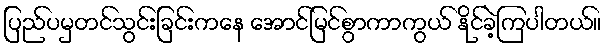
ပြည်ပမှတင်သွင်းခြင်းကနေ အောင်မြင်စွာကာကွယ် နိုင်ခဲ့ကြပါတယ်။